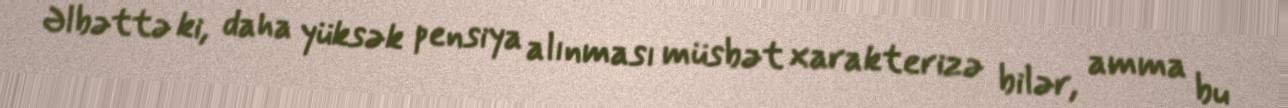
Əlbəttə ki, daha yüksək pensiya alınması müsbət xarakterizə bilər, amma bu